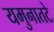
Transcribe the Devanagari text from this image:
यमुनातटे